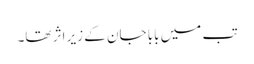
تب میں بابا جان کے زیر اثر تھا۔